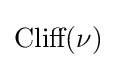
{\text{Cliff}}(\nu )